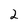
Character: 2